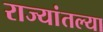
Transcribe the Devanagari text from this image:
राज्यांतल्या